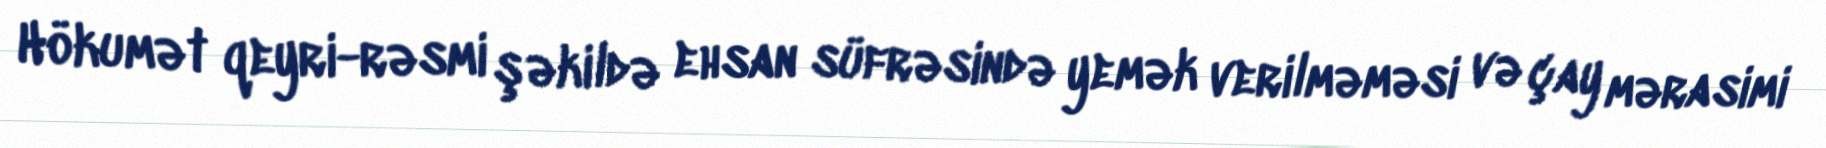
Hökumət qeyri-rəsmi şəkildə ehsan süfrəsində yemək verilməməsi və çay mərasimi